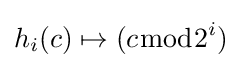
{\textstyle h_{i}(c)\mapsto (c{\bmod {2}}^{i})}